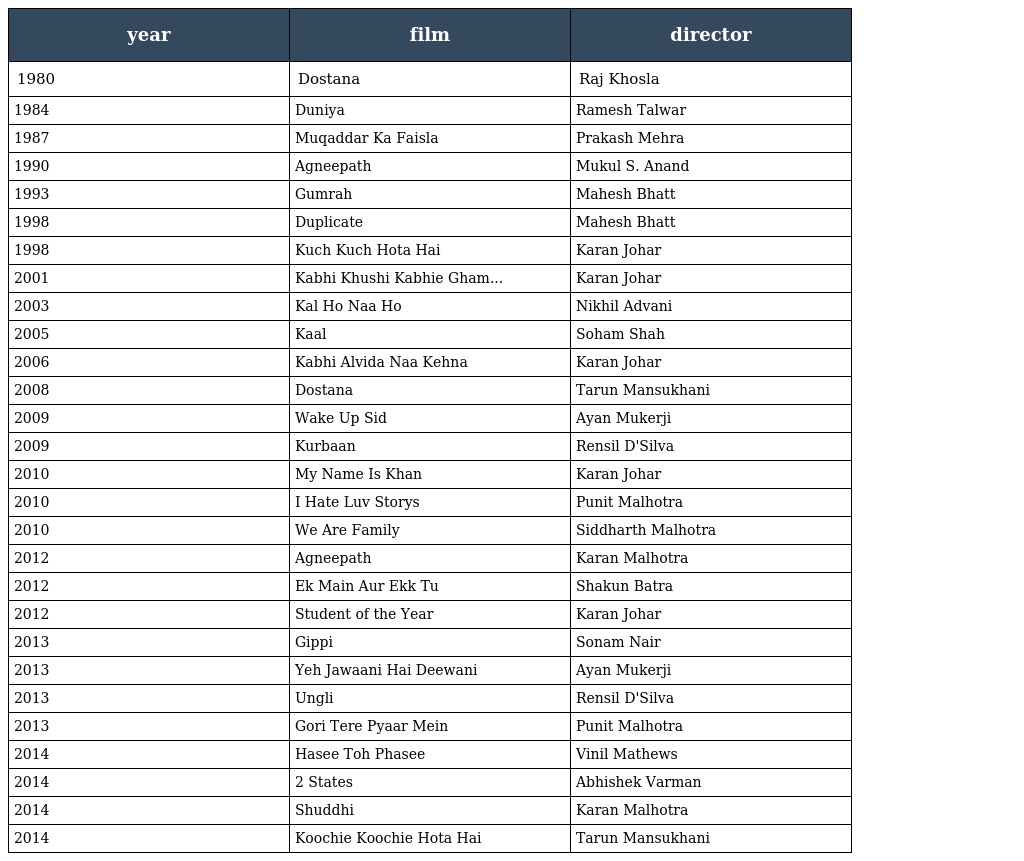
| year | film | director |
 | --- | --- | --- |
 | 1980 | Dostana | Raj Khosla |
 | 1984 | Duniya | Ramesh Talwar |
 | 1987 | Muqaddar Ka Faisla | Prakash Mehra |
 | 1990 | Agneepath | Mukul S. Anand |
 | 1993 | Gumrah | Mahesh Bhatt |
 | 1998 | Duplicate | Mahesh Bhatt |
 | 1998 | Kuch Kuch Hota Hai | Karan Johar |
 | 2001 | Kabhi Khushi Kabhie Gham... | Karan Johar |
 | 2003 | Kal Ho Naa Ho | Nikhil Advani |
 | 2005 | Kaal | Soham Shah |
 | 2006 | Kabhi Alvida Naa Kehna | Karan Johar |
 | 2008 | Dostana | Tarun Mansukhani |
 | 2009 | Wake Up Sid | Ayan Mukerji |
 | 2009 | Kurbaan | Rensil D'Silva |
 | 2010 | My Name Is Khan | Karan Johar |
 | 2010 | I Hate Luv Storys | Punit Malhotra |
 | 2010 | We Are Family | Siddharth Malhotra |
 | 2012 | Agneepath | Karan Malhotra |
 | 2012 | Ek Main Aur Ekk Tu | Shakun Batra |
 | 2012 | Student of the Year | Karan Johar |
 | 2013 | Gippi | Sonam Nair |
 | 2013 | Yeh Jawaani Hai Deewani | Ayan Mukerji |
 | 2013 | Ungli | Rensil D'Silva |
 | 2013 | Gori Tere Pyaar Mein | Punit Malhotra |
 | 2014 | Hasee Toh Phasee | Vinil Mathews |
 | 2014 | 2 States | Abhishek Varman |
 | 2014 | Shuddhi | Karan Malhotra |
 | 2014 | Koochie Koochie Hota Hai | Tarun Mansukhani |